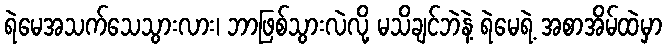
ရဲမေအသက်သေသွားလား၊ ဘာဖြစ်သွားလဲလို့ မသိချင်ဘဲနဲ့ ရဲမေရဲ့ အစာအိမ်ထဲမှာ